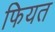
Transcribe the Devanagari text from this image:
फियत